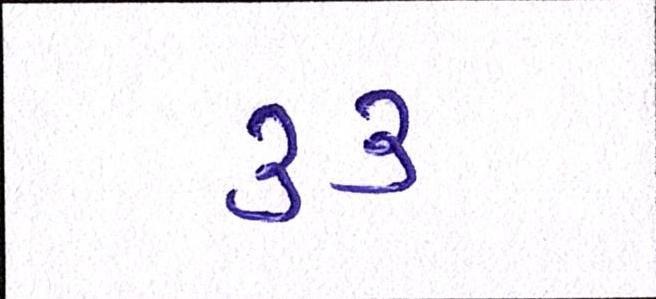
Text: ૩૩